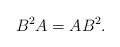
LaTeX: \begin{align*}B^2A=AB^2.\end{align*}